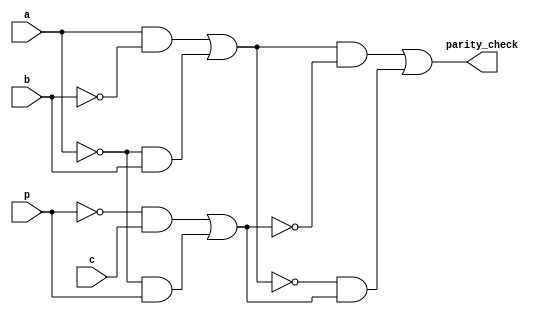
module par_check(a, b, c, p, parity_check);
input a, b, c, p;
output parity_check;
wire n1, n2, w1, w2, w3, w4, w5, w6, w7, w8, w9, w10, w11, w12;

assign w1 = ~b;
assign w2 = a & w1;
assign w3 = ~a;
assign w4 = w3 & b;
assign n1 = w2 | w4;

assign w5 = ~p;
assign w6 = w5 & c;
assign w7 = ~a;
assign w8 = w7 & p;
assign n2 = w6 | w8;

assign w9 = ~n2;
assign w10 = n1 & w9;
assign w11 = ~n1;
assign w12 = w11 & n2;
assign parity_check = w10 | w12;

endmodule